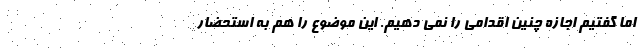
اما گفتیم اجازه چنین اقدامی را نمی دهیم. این موضوع را هم به استحضار